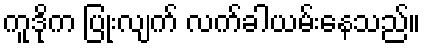
ကူဒိုက ပြုံးလျက် လက်ခါယမ်းနေသည်။